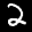
Label: 2